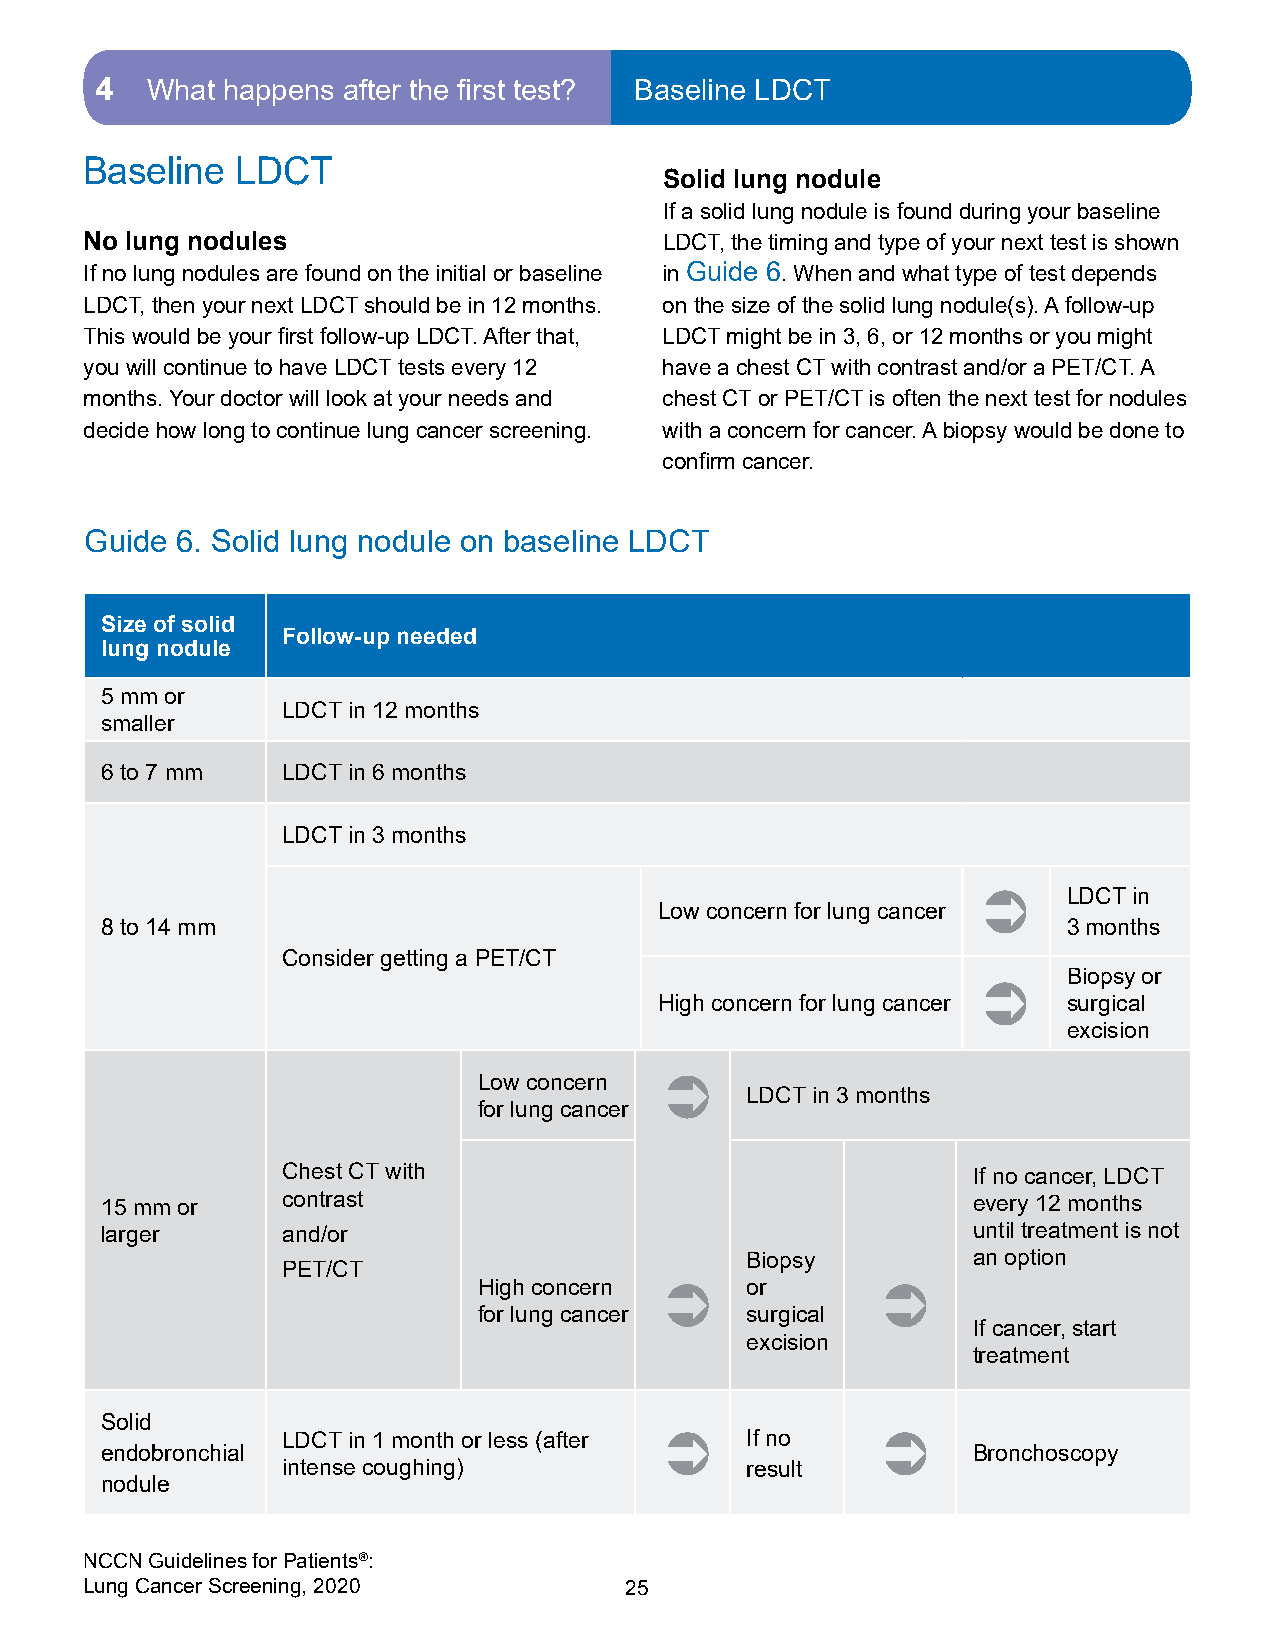
4   What happens after the first test? Baseline LDCT
 Baseline  LDCT
 Solid lung nodule
 If a solid lung nodule is found during your baseline
 No lung nodules                       LDCT, the timing and type of your next test is shown
 If no lung nodules are found on the initial or baseline in Guide 6. When and what type of test depends
 LDCT, then your next LDCT should be in 12 months. on the size of the solid lung nodule(s). A follow-up
 This would be your first follow-up LDCT. After that, LDCT might be in 3, 6, or 12 months or you might
 you will continue to have LDCT tests every 12 have a chest CT with contrast and/or a PET/CT. A
 months. Your doctor will look at your needs and chest CT or PET/CT is often the next test for nodules
 decide how long to continue lung cancer screening. with a concern for cancer. A biopsy would be done to
 confirm cancer.
 Guide 6. Solid lung nodule on baseline LDCT
 Size of solid
 Follow-up needed
 lung nodule
 5 mm or
 LDCT in 12 months
 smaller
 6 to 7 mm   LDCT in 6 months
 LDCT in 3 months
 Ü     LDCT in
 Low concern for lung cancer
 8 to 14 mm                                                      3 months
 Consider getting a PET/CT
 Biopsy or
 Ü
 High concern for lung cancer surgical
 excision
 Low concern Ü
 LDCT in 3 months
 for lung cancer
 Chest CT with                                If no cancer, LDCT
 15 mm or    contrast                                     every 12 months
 larger      and/or                                       until treatment is not
 Biopsy         an option
 PET/CT
 High concern Ü   or       Ü
 for lung cancer  surgical
 If cancer, start
 excision
 treatment
 Solid
 LDCT in 1 month or less (after Ü If no Ü
 endobronchial                                            Bronchoscopy
 intense coughing)             result
 nodule
 NCCN Guidelines for Patients®:
 Lung Cancer Screening, 2020        25